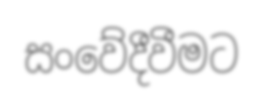
සංවේදීවීමට